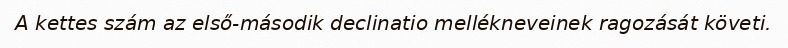
A kettes szám az első-második declinatio mellékneveinek ragozását követi.